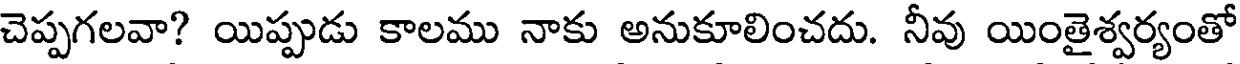
చెప్పగలవా? యిప్పుడు కాలము నాకు అనుకూలించదు. నీవు యింతైశ్వర్యంతో